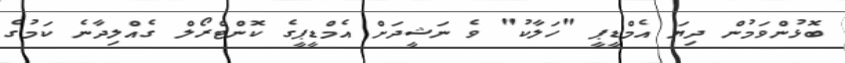
ބޮޅުންވަމުން ދިޔަ އެމްޑީޕީ "ހަލާކު" ވެ ނަޝީދަށް އެމްޑީޕީގެ ކޮންޓްރޯލް ގެއްލިދާނެ ކަމުގެ